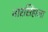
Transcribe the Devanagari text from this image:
नारसिंहाला